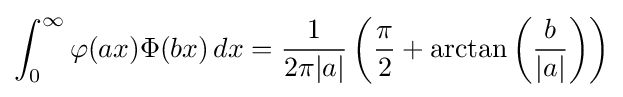
\int _{0}^{\infty }\varphi (ax)\Phi (bx)\,dx={\frac {1}{2\pi |a|}}\left({\frac {\pi }{2}}+\arctan \left({\frac {b}{|a|}}\right)\right)